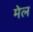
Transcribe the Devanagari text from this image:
मेल